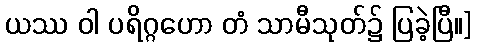
ယဿ ဝါ ပရိဂ္ဂဟော တံ သာမီသုတ်၌ ပြခဲ့ပြီ။]